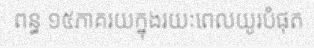
ពន្ធ ១៥ភាគរយក្នុងរយៈពេលយូរបំផុត